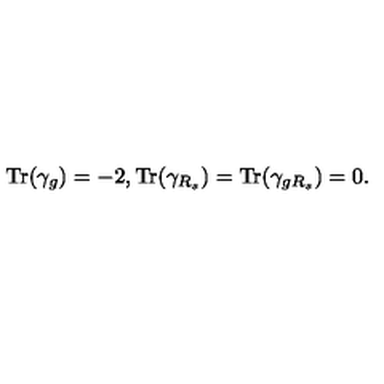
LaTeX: { \mathrm { T r } } ( \gamma _ { g } ) = - 2 , { \mathrm { T r } } ( \gamma _ { R _ { s } } ) = { \mathrm { T r } } ( \gamma _ { g R _ { s } } ) = 0 .